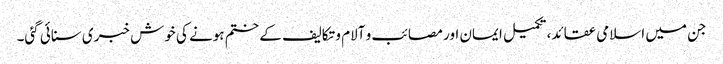
جن میں اسلامی عقائد، تکمیل ایمان اور مصائب و آلام و تکالیف کے ختم ہونے کی خوش خبری سنائی گئی۔